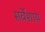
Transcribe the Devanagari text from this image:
सर्वेशाय